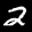
Label: 2